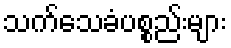
သက်သေခံပစ္စည်းများ